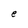
Character: e